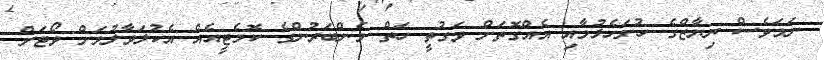
ނަމަވެސް ރިޔާޒްގެ ހުށަހެޅުމާއި އެއްގޮތަށް ވަގުތީ ހަތް މެންބަރުންގެ ކޮމެޓީއެއް އެކުލަވާލުމަށް ވޯޓަށް